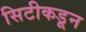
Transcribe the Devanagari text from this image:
सिटीकडून